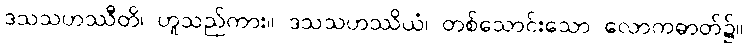
ဒသသဟဿီတိ၊ ဟူသည်ကား။ ဒသသဟဿိယံ၊ တစ်သောင်းသော လောကဓာတ်၌။